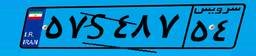
۰۰S۰۵۵۱۳